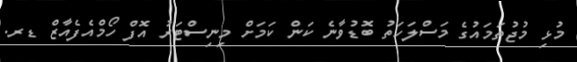
މުޅި މުޖުތަމައުގެ މަސްލަހަތު ބޮޑުވާނެ ކަން ކަމަށް މިނިސްޓަރު އޮފް ހޯމްއެފެއާޒް ޑރ.